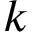
k